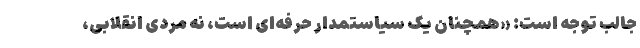
جالب توجه است: «همچنان یک سیاستمدار حرفه‌ای است، نه مردی انقلابی،